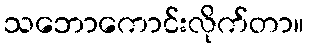
သဘောကောင်းလိုက်တာ။